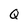
Character: Q